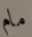
مام